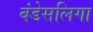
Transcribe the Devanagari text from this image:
बंडेसलिगा